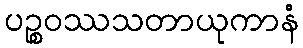
ပဉ္စဝဿသတာယုကာနံ